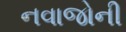
નવાજોની